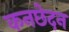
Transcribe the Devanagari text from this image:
कनछेदन